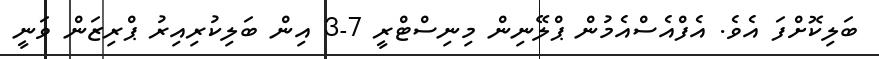
ބަލިކޮށްފަ އެވެ. އެފްއެސްއެމުން ޕްލޭނިން މިނިސްޓްރީ 7-3 އިން ބަލިކުރިއިރު ޕްރިޒަން ވަނީ